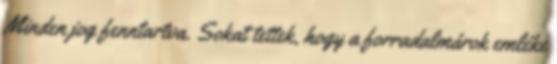
Minden jog fenntartva. Sokat tettek, hogy a forradalmárok emléke